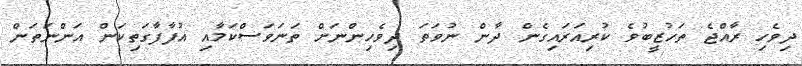
ދިވެހި ރާއްޖެ ތަހުޒީބުވެ ކުރިއަރައިގެން ދާން ނުވަތަ ދިވެހިންނަށް ތަނަވަސްކަމާއި އުފާފާގަތިކަން އަންނަތަން